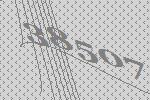
38507